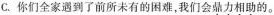
C. 你们全家遇到了前所未有的困难，我们会鼎力相助的。